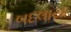
બદલાયા